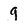
Character: g